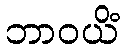
ဘာဝယိံ